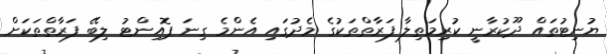
ޔުނިޓުތައް ދޫކުރާނީ ކުރިމަތިލާ ފަރާތްތަކުގެ މެދުގައި އެންމެ ގިނަ ޕޮއިންޓު ލިބޭ ފަރާތްތަކަށް